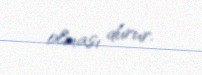
olması durur.